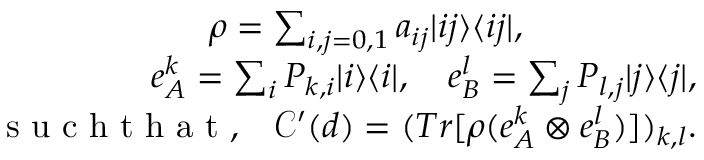
\begin{array} { r } { \rho = \sum _ { i , j = 0 , 1 } a _ { i j } | i j \rangle \langle i j | , ~ ~ ~ ~ ~ ~ ~ ~ ~ ~ ~ ~ ~ ~ ~ } \\ { e _ { A } ^ { k } = \sum _ { i } P _ { k , i } | i \rangle \langle i | , ~ ~ ~ e _ { B } ^ { l } = \sum _ { j } P _ { l , j } | j \rangle \langle j | , } \\ { \mathrm { ~ s ~ u ~ c ~ h ~ t ~ h ~ a ~ t ~ , ~ } ~ ~ \mathcal { C } ^ { \prime } ( d ) = ( T r [ \rho ( e _ { A } ^ { k } \otimes e _ { B } ^ { l } ) ] ) _ { k , l } . } \end{array}